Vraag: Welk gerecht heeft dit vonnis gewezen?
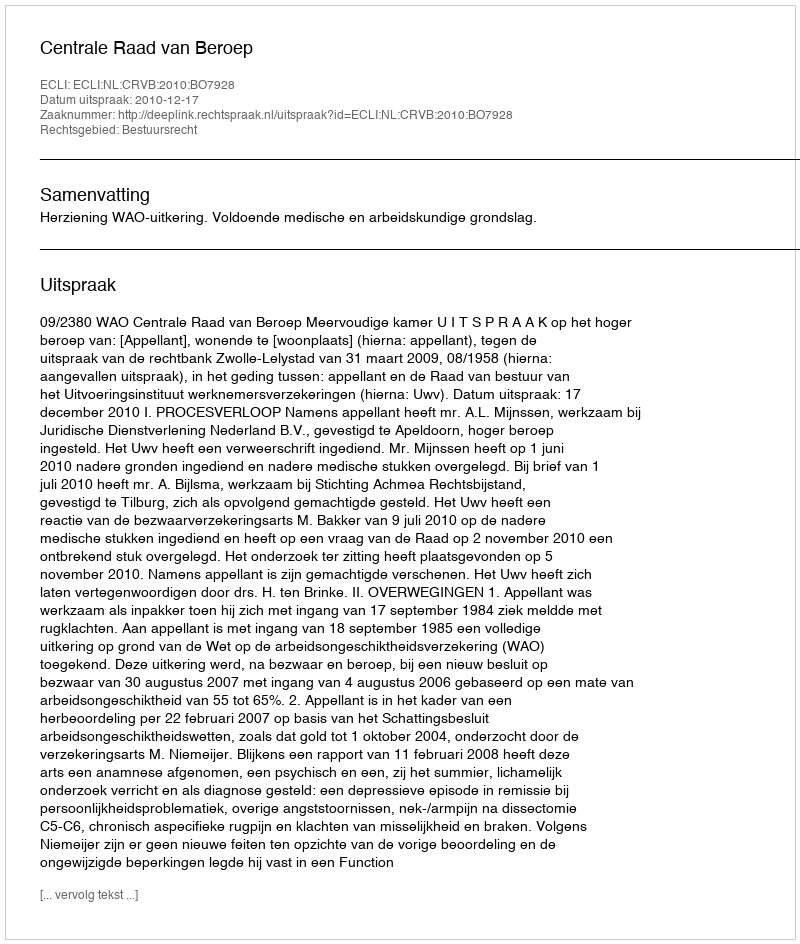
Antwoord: Centrale Raad van Beroep